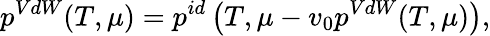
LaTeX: p^{VdW}(T,\mu)=p^{id}\left(T,\mu-v_{0}p^{VdW}(T,\mu)\right),